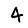
Digit: 4